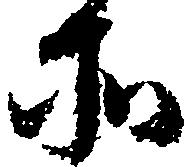
所